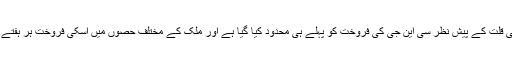
واضح رہے کہ پاکستان میں گیس کی قلت کے پیش نظر سی این جی کی فروخت کو پہلے ہی محدود کیا گیا ہے اور ملک کے مختلف حصوں میں اسکی فروخت ہر ہفتے دو سے چار دنوں تک بند رہتی ہے۔